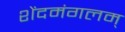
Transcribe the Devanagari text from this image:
शेंदमंगलम्